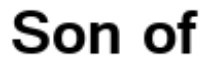
Son of